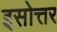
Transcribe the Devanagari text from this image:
इसोत्तर